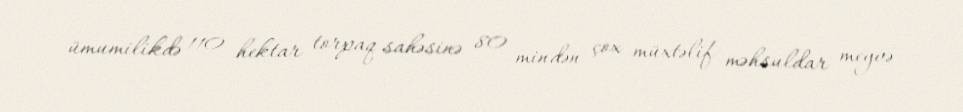
ümumilikdə 110 hektar torpaq sahəsinə 80 mindən çox müxtəlif məhsuldar meyvə